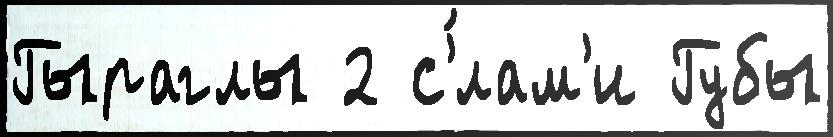
Гыраглы 2 с'́лам'и Губы